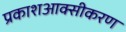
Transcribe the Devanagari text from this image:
प्रकाशआक्सीकरण